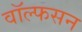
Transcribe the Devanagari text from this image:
वॉल्फसन